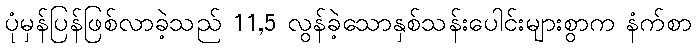
ပုံမှန်ပြန်ဖြစ်လာခဲ့သည် 11,5 လွန်ခဲ့သောနှစ်သန်းပေါင်းများစွာက နံက်စာ